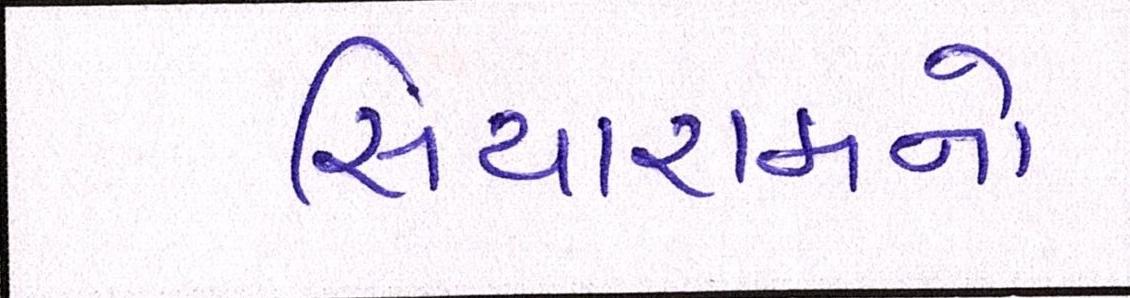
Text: સિયારામનો